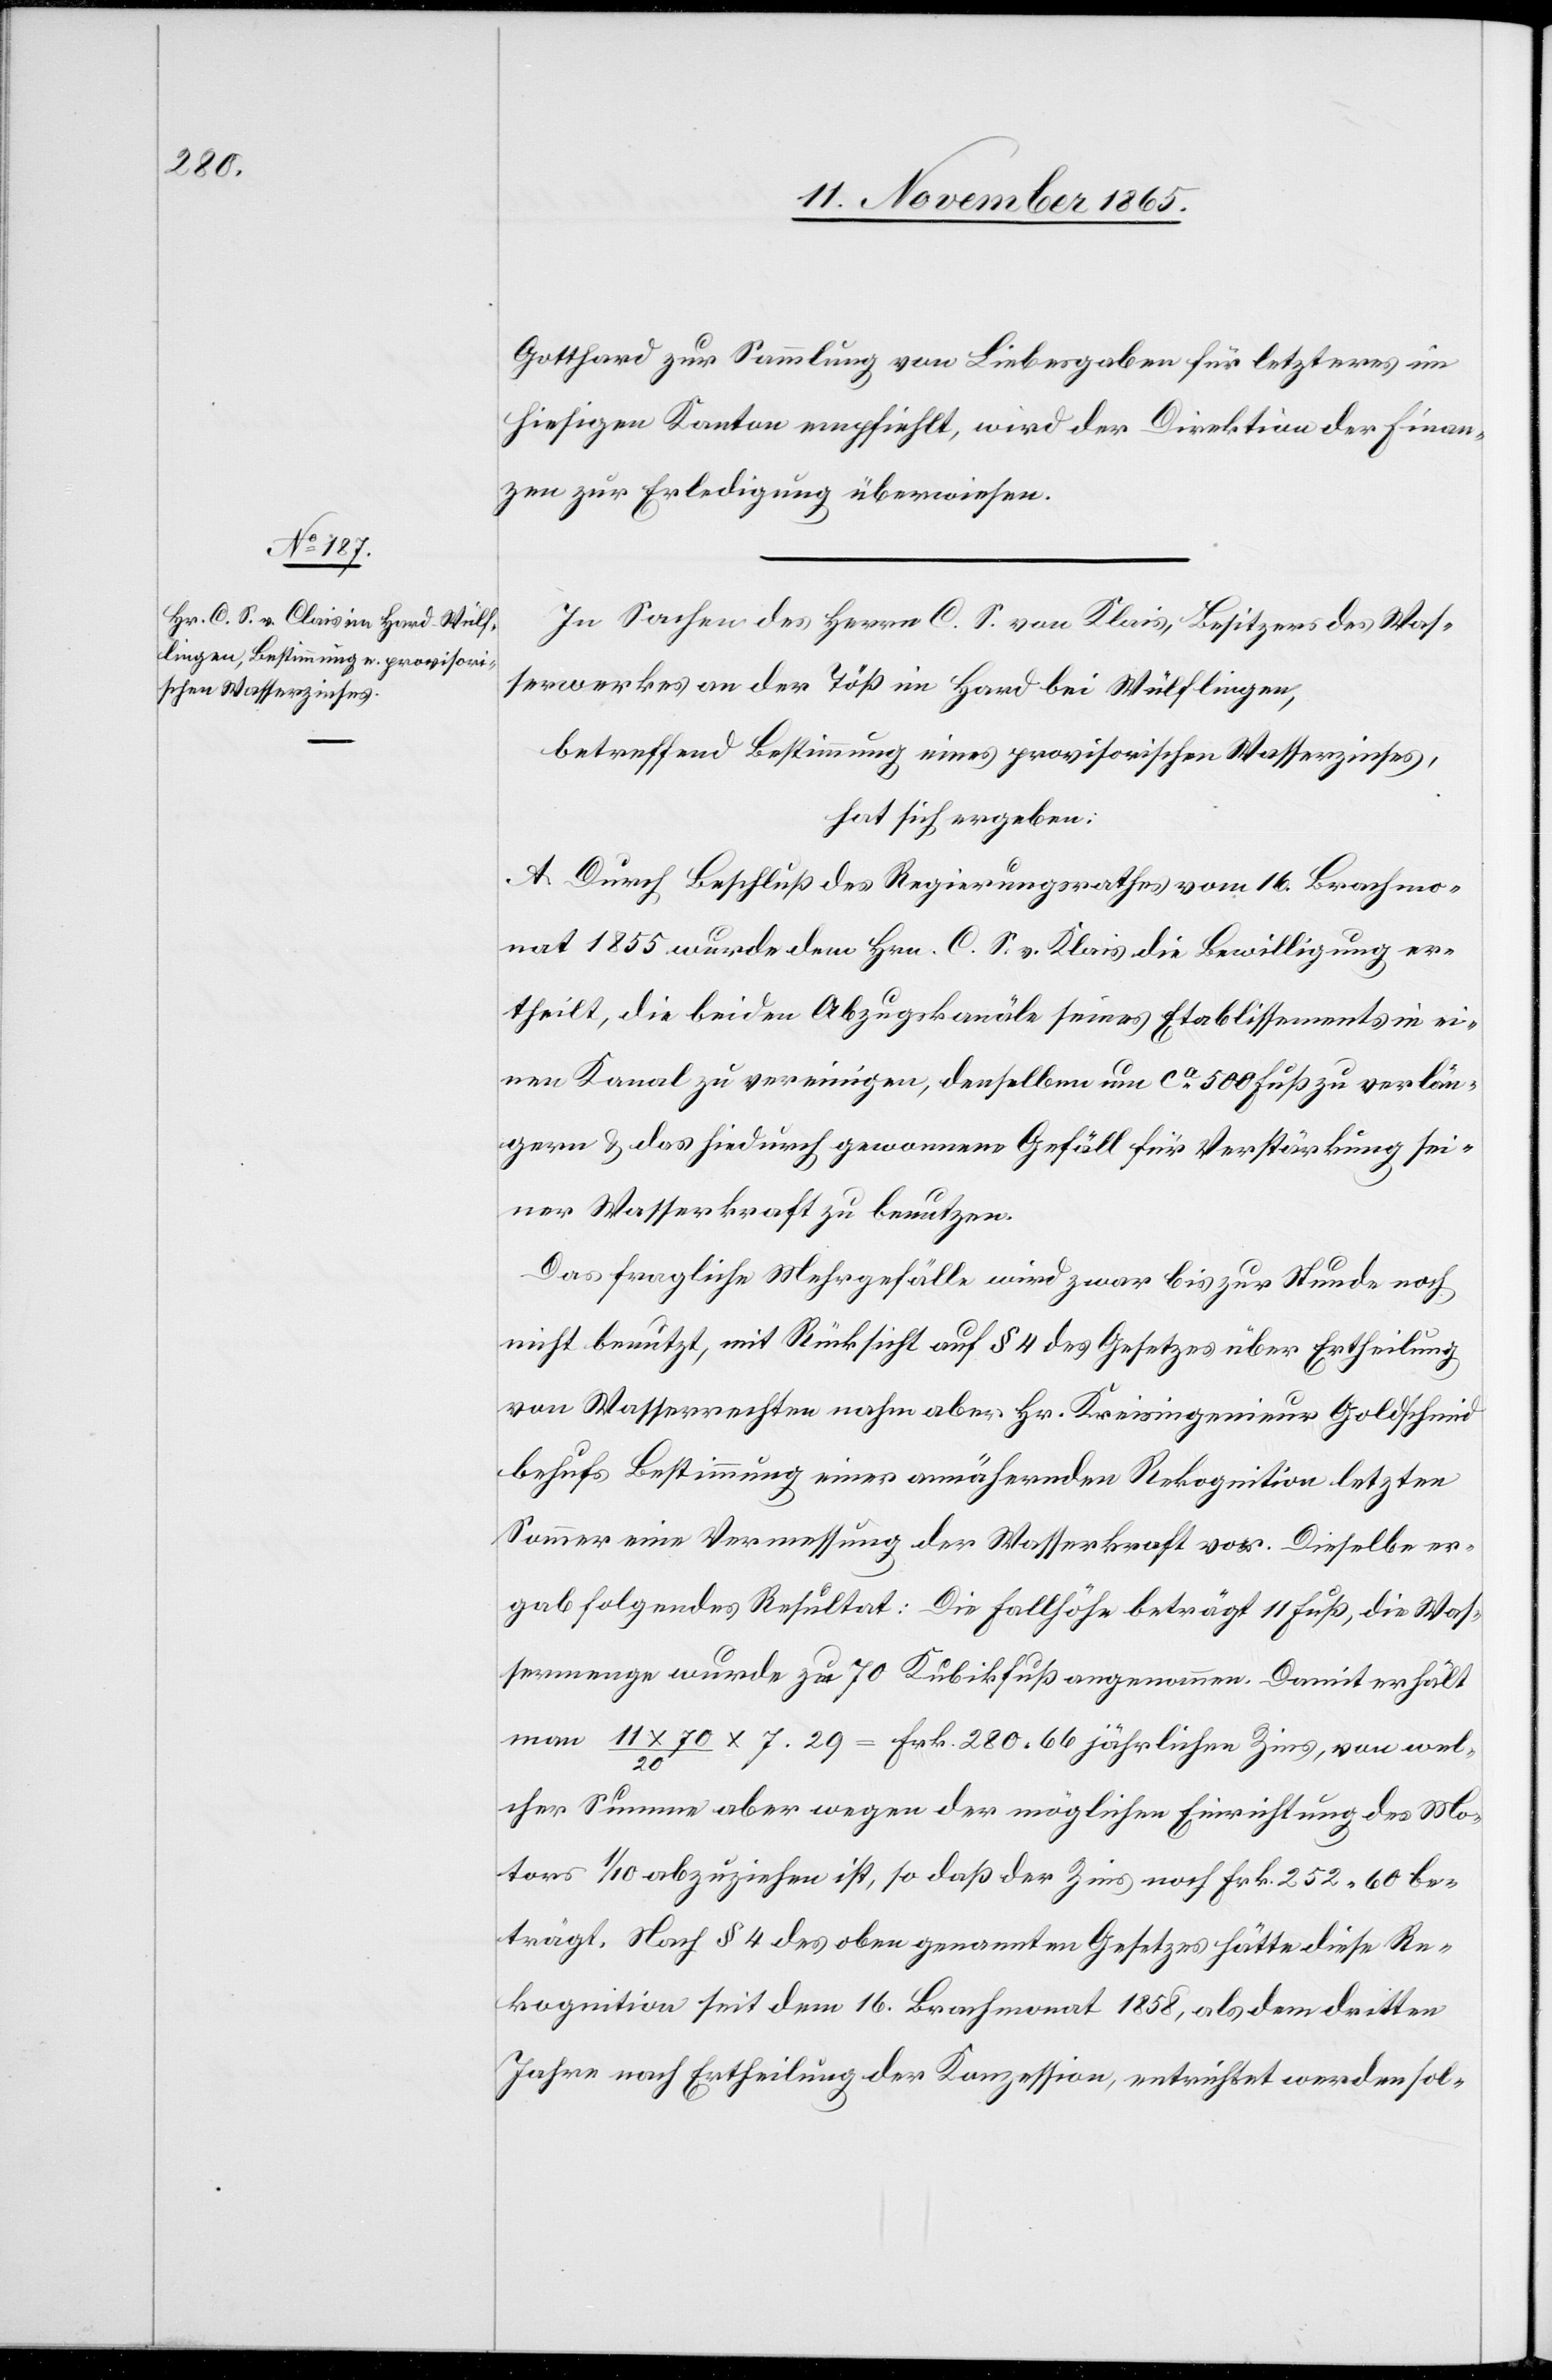
Gotthard zur Sammlung von Liebesgaben für letzteres im
hiesigen Kanton empfiehlt, wird der Direktion der Finan¬
zen zur Erledigung überwiesen.
In Sachen des Herrn C. S. von Klais [sic!], Besitzers des Was¬
serwerkes an der Töß im Hard bei Wülflingen,
betreffend Bestimmung eines provisorischen Wasserzinses,
hat sich ergeben:
A. Durch Beschluß des Regierungsrathes vom 16. Brachmo¬
nat 1855 wurde dem Hrn. C. S. v. Klais die Bewilligung er¬
theilt, die beiden Abzugskanäle seines Etablissements in ei¬
nen Kanal zu vereinigen, denselben um ca 500 Fuß zu verlän¬
gern & das hiedurch gewonnene Gefäll für Verstärkung sei¬
ner Wasserkraft zu benutzen.
Das fragliche Mehrgefälle wird zwar bis zur Stunde noch
nicht benutzt, mit Rücksicht auf § 4 des Gesetzes über Ertheilung
von Wasserrechten nahm aber Hr. Kreisingenieur Goldschmid
behufs Bestimmung einer annähernden Rekognition letzten
Sommer eine Vermessung der Wasserkraft vor. Dieselbe er¬
gab folgendes Resultat: Die Fallhöhe beträgt 11 Fuß, die Was¬
sermenge wurde zu 70 Kubikfuß angenommen. Damit erhält
man 11 x 70 / 20 x 7.29 = Frk. 280.66 jährlichen Zins, von wel¬
cher Summe aber wegen der möglichen Einrichtung des Mo¬
tors 1/10 abzuziehen ist, so daß der Zins noch Frk. 252.60 be¬
trägt. Nach § 4 des oben genannten Gesetzes hätte diese Re¬
kognition seit dem 16. Brachmonat 1858, als dem dritten
Jahre nach Ertheilung der Konzession, entrichtet werden sol-